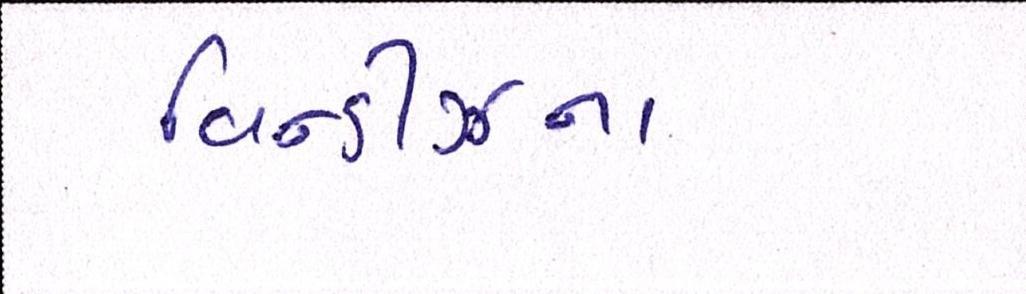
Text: વિન્ડીઝના